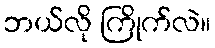
ဘယ်လို ကြိုက်လဲ။